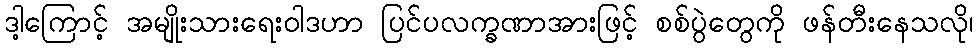
ဒါ့ကြောင့် အမျိုးသားရေးဝါဒဟာ ပြင်ပလက္ခဏာအားဖြင့် စစ်ပွဲတွေကို ဖန်တီးနေသလို၊